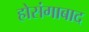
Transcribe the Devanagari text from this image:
होसंगाबाद